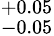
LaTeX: ^{+0.05}_{-0.05}